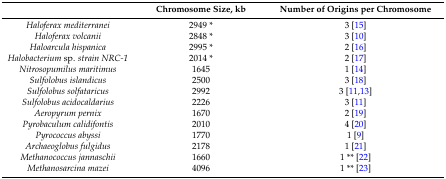
<table><thead><tr><td></td><td><b>Chromosome Size, kb</b></td><td><b>Number of Origins per Chromosome</b></td></tr></thead><tbody><tr><td><i>Haloferax mediterranei</i></td><td>2949 *</td><td>3 [15]</td></tr><tr><td><i>Haloferax volcanii</i></td><td>2848 *</td><td>3 [10]</td></tr><tr><td><i>Haloarcula hispanica</i></td><td>2995 *</td><td>2 [16]</td></tr><tr><td><i>Halobacterium</i> sp.<i> strain NRC-1</i></td><td>2014 *</td><td>2 [17]</td></tr><tr><td><i>Nitrosopumilus maritimus</i></td><td>1645</td><td>1 [14]</td></tr><tr><td><i>Sulfolobus islandicus</i></td><td>2500</td><td>3 [18]</td></tr><tr><td><i>Sulfolobus solfataricus</i></td><td>2992</td><td>3 [11,13]</td></tr><tr><td><i>Sulfolobus acidocaldarius</i></td><td>2226</td><td>3 [11]</td></tr><tr><td><i>Aeropyrum pernix</i></td><td>1670</td><td>2 [19]</td></tr><tr><td><i>Pyrobaculum calidifontis</i></td><td>2010</td><td>4 [20]</td></tr><tr><td><i>Pyrococcus abyssi</i></td><td>1770</td><td>1 [9]</td></tr><tr><td><i>Archaeoglobus fulgidus</i></td><td>2178</td><td>1 [21]</td></tr><tr><td><i>Methanococcus jannaschii</i></td><td>1660</td><td>1 ** [22]</td></tr><tr><td><i>Methanosarcina mazei</i></td><td>4096</td><td>1 ** [23]</td></tr></tbody></table>